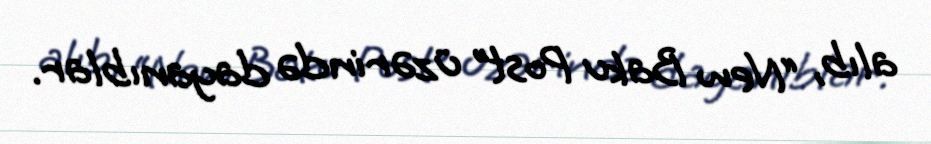
alıb, “New Baku Post” üzərində dayanıblar.